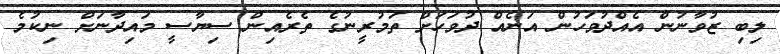
ލިބި ޒުވާނުން އެއްދުވަހުން އަނެއް ދުވަހަށް ތަމުރީނުގެ ތެރެއިން ސިޔާސީ މައިދާނަށް ނިކުމެ